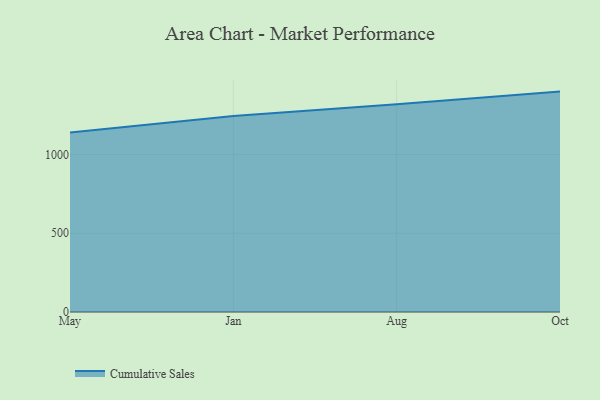
{"axis": {"x": "Month", "y": "Latency (ms)"}, "legend": ["Cumulative Sales"], "data": [{"x": "May", "y": 1139.9, "type": "Cumulative Sales"}, {"x": "Jan", "y": 1244.9, "type": "Cumulative Sales"}, {"x": "Aug", "y": 1320.0, "type": "Cumulative Sales"}, {"x": "Oct", "y": 1399.9, "type": "Cumulative Sales"}]}